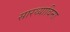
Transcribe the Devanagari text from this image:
सारथ्याविना